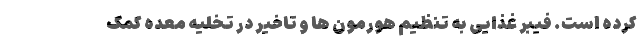
کرده است. فیبر غذایی به تنظیم هورمون ها و تاخیر در تخلیه معده کمک